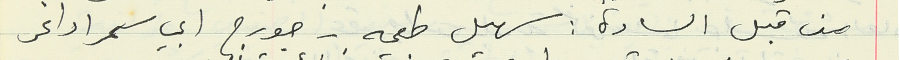
من قبل السادة : سهيل طعمه - جورج ابي سمرا داغر